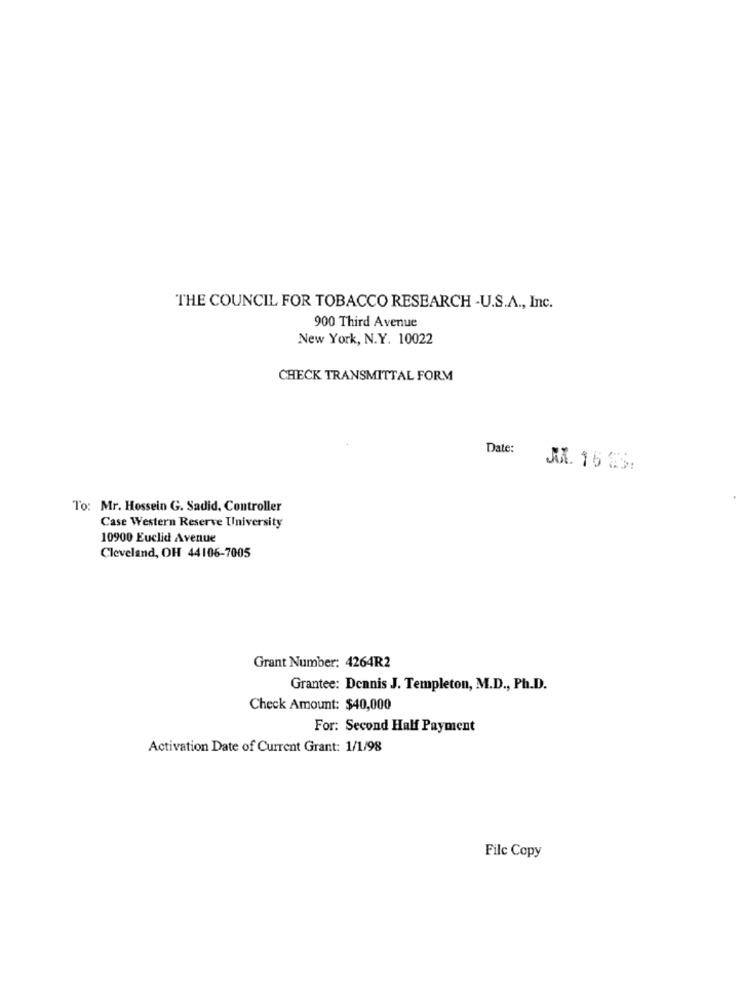
THE COUNCIL FOR TOBACCO RESEARCH -U.S.A ., Inc.
900 Third Avenue
New York, N.Y. 10022
CHECK TRANSMITTAL FORM
Date:
JA. 16 23:
To: Mr. Hossein G. Sadid, Controller
Case Western Reserve University
10900 Euclid Avenue
Cleveland, OH 44106-7005
Grant Number: 4264R2
Grantee: Dennis J. Templeton, M.D ., Ph.D.
Check Amount: $40,000
For: Second Half Payment
Activation Date of Current Grant: 1/1/98
Filc Copy